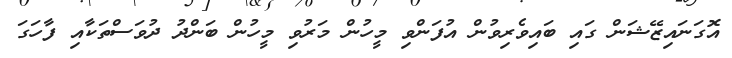
އޮގަނައިޒޭޝަން ގައި ބައިވެރިވުން އުފަންވި މީހުން މަރުވި މީހުން ބަންދު ދުވަސްތަކާއި ފާހަގަ